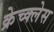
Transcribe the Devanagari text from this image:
क्रेच्क्लेस